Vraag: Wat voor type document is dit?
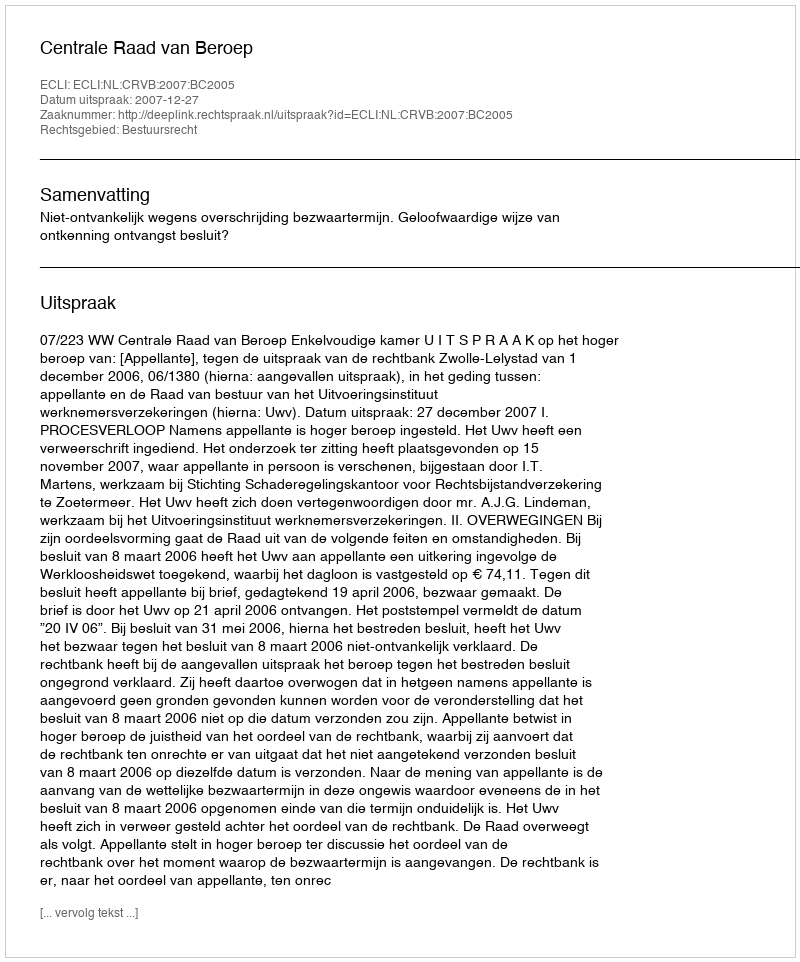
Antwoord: Uitspraak